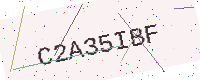
Text: C2A35IBF